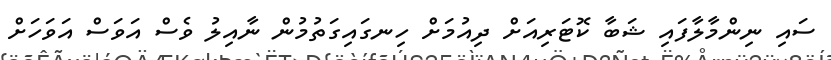
ސައި ނިންމާލާފައި ޝަބާ ކޮޓަރިއަށް ދިއުމަށް ހިނގައިގަތުމުން ނާއިލު ވެސް އަވަސް އަވަހަށް